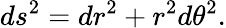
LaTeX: ds^{2}=dr^{2}+r^{2}d\theta^{2}.